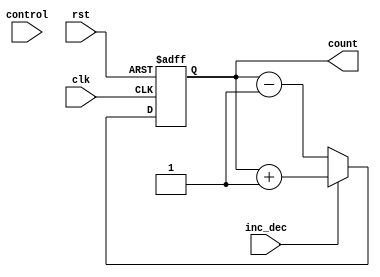
module up_down_counter (
    input clk,
    input rst,
    input inc_dec,
    input [3:0] control,
    output reg [3:0] count
);

always @ (posedge clk or posedge rst) begin
    if (rst) begin
        count <= 4'b0000;
    end else begin
        if (inc_dec) begin
            count <= count + 1;
        end else begin
            count <= count - 1;
        end
    end
end

endmodule